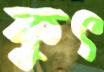
কুৎ